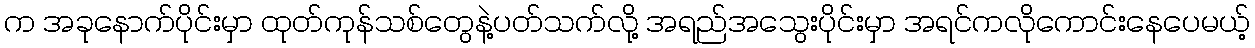
က အခုနောက်ပိုင်းမှာ ထုတ်ကုန်သစ်တွေနဲ့ပတ်သက်လို့ အရည်အသွေးပိုင်းမှာ အရင်ကလိုကောင်းနေပေမယ့်